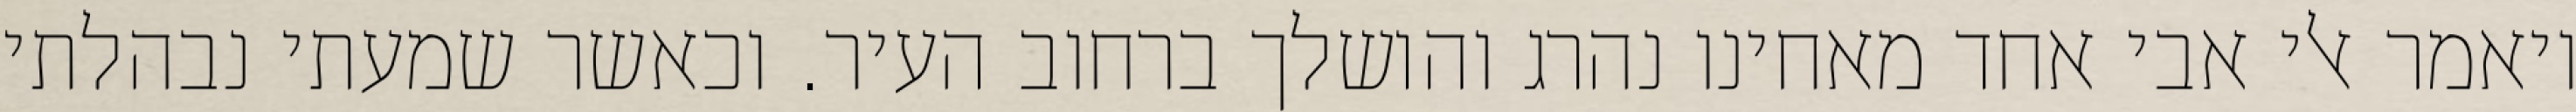
ויאמר אלי אבי אחד מאחינו נהרג והושלך ברחוב העיר. וכאשר שמעתי נבהלתי